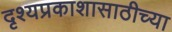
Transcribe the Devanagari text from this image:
दृश्यप्रकाशासाठीच्या